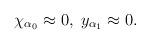
LaTeX: \begin{align*}\chi _{\alpha _{0}}\approx 0,\;y_{\alpha _{1}}\approx 0. \end{align*}